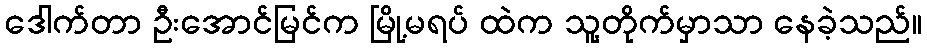
ဒေါက်တာ ဦးအောင်မြင်က မြို့မရပ် ထဲက သူ့တိုက်မှာသာ နေခဲ့သည်။